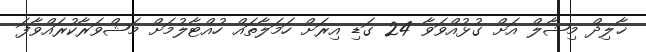
ޚާލިދް މިޝާލް އަށް ގުޅުއްވަވާ 24 ގަޑި އިރަށް ހަމަލާތައް ހުއްޓާލުމަށް މަޝްވަރާކުރައްވާފަ